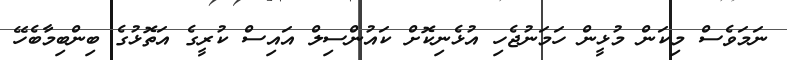
ނަމަވެސް މިކަން މުޅީން ހަމަނުޖެހި އުޅެނިކޮށް ކައުންސިލް އައިސް ކުރީގެ އަތޮޅުގެ ބިންބިމާބެހޭ